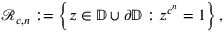
{ \mathcal { R } } _ { c , n } : = \left\{ z \in \mathbb { D } \cup \partial { \mathbb { D } } : z ^ { c ^ { n } } = 1 \right\} ,